Indian journal of veterinary science and animal husbandry - Volume 6,
Year: 1936
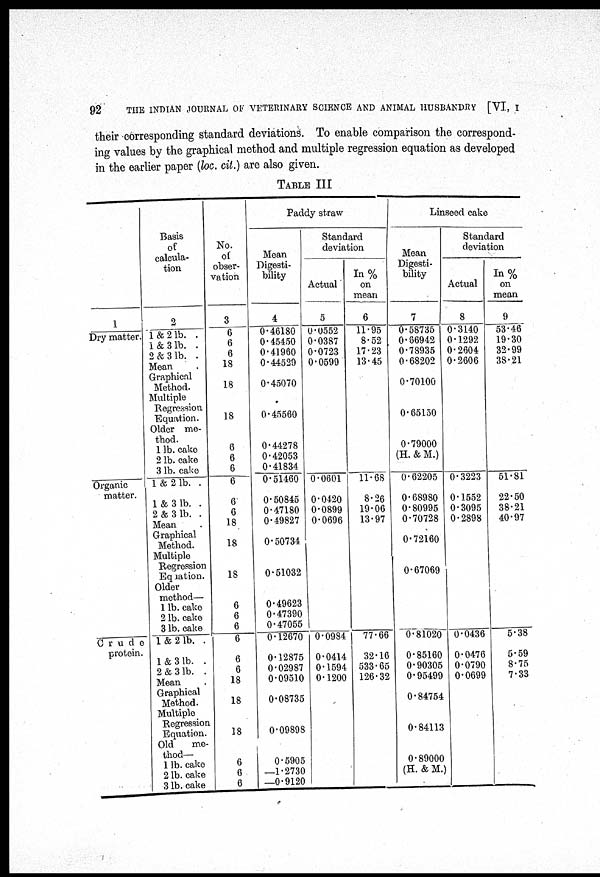
92
THE INDIAN JOURNAL OF VETERINARY SCIENCE AND ANIMAL HUSBANDRY [VI, I
their corresponding standard deviations. To enable comparison the correspond-
ing values by the graphical method and multiple regression equation as developed
in the earlier paper (loc. cit.) are also given.
TABLE III
1
Dry matter.
Organic
matter.
Crude
protein.
Basis
of
calcula-
tion
2
1 & 2 lb. .
1 & 3 lb. .
2 & 3 lb. .
Mean
Graphical
Method.
Multiple
Regression
Equation.
Older me-
thod.
1 lb. cake
2 lb. cake
3 lb. cake
1 & 2 lb. .
1 & 3 lb .
2 & 3 lb .
Mean
Graphical
Method.
Multiple
Regression
Equation.
Older
method—
1 lb. cake
2 lb. cake
3 lb. cake
1 & 2 lb. .
1 & 3 lb
2 & 3 lb
Mean
Graphical
Method.
Multiple
Regression
Equation.
Old
me-
thod—
1 lb. cake
2 lb. cake
3 lb.cake
No.
of
obser-
vation
3
6
6
6
18
18
18
6
6
6
6
6
6
18
18
18
6
6
6
6
6
6
18
18
18
6
6
6
Paddy straw
Mean
Digesti-
bility
4
0.46180
0.45450
0.41960
0.44529
0.45070
0.45560
0.44278
0.42053
0.41834
0.51460
0.50845
0.47180
0.49827
0.50734
0.51032
0.49623
0.47390
0.47055
0.12670
0.12875
0.02987
0.09510
0.08735
0.09898
0.5905
—1.2730
—0.9120
Standard
deviation
Actual
5
0.0552
0.0387
0.0723
0.0599
0.0601
0.0420
0.0899
0.0696
0.0984
0.0414
0.1594
0.1200
In%
on
mean
6
11.95
8.52
17.23
13.45
11.68
8.26
19.06
13.97
77.66
32.16
533.65
126.32
Linseed cake
Mean
Digesti-
bility
7
0.58735
0.86942
0.78935
0.68202
0.70100
0.65150
0.79000
(H. & M.)
0.62205
0.68980
0.80995
0.70728
0.72160
0.67069
0.81020
0.85160
0.90305
0.95499
0.84754
0.84113
0.89000
(H. & M.)
Standard
deviation
Actual
8
0.3140
0.1292
0.2604
0.2606
0.3223
0.1552
0.3095
0.2898
0.0436
0.0476
0.0790
0.0699
In%
on
mean
9
53.46
19.30
32.99
38.21
51.81
22.50
38.21
40.97
5.38
5.59
8.75
7.33